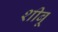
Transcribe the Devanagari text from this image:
शीबू